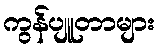
ကွန်ပျူတာများ